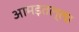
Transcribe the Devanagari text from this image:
आमड़तल्ला